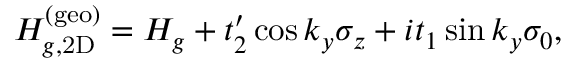
\begin{array} { r } { H _ { g , \mathrm { 2 D } } ^ { ( \mathrm { g e o ) } } = H _ { g } + t _ { 2 } ^ { \prime } \cos k _ { y } \sigma _ { z } + i t _ { 1 } \sin k _ { y } \sigma _ { 0 } , } \end{array}